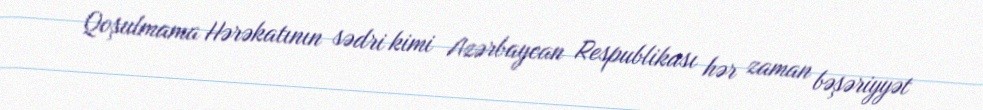
Qoşulmama Hərəkatının sədri kimi Azərbaycan Respublikası hər zaman bəşəriyyət